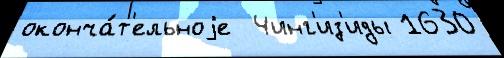
оконча́т'ельноjе  Чинг'из'иды 1630